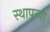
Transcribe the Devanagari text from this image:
स्थापत्या